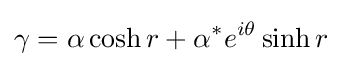
\gamma =\alpha \cosh r+\alpha ^{*}e^{i\theta }\sinh r